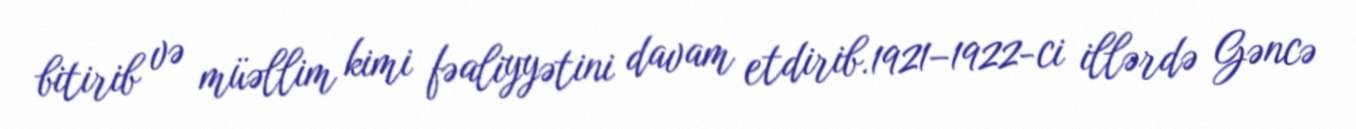
bitirib və müəllim kimi fəaliyyətini davam etdirib.1921–1922-ci illərdə Gəncə